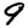
Digit: 9